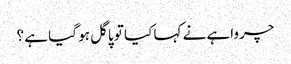
چرواہے نے کہا کیا تو پاگل ہو گیا ہے ؟